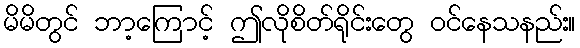
မိမိတွင် ဘာ့ကြောင့် ဤလိုစိတ်ရိုင်းတွေ ဝင်နေသနည်း။